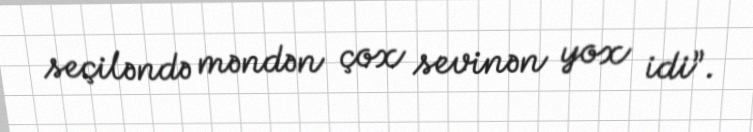
seçiləndə məndən çox sevinən yox idi”.